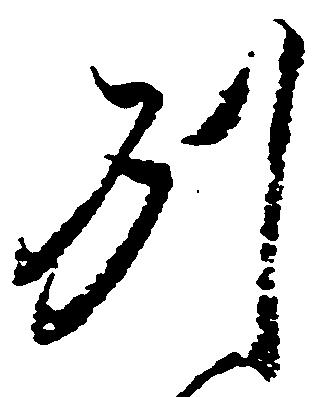
州